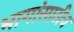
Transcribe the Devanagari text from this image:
भागांसाठीच